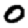
Digit: 0